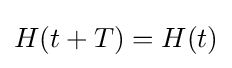
H(t+T)=H(t)